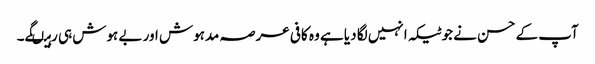
آپ کے حسن نے جو ٹیکہ انہیں لگا دیا ہے وہ کافی عرصہ مدہوش اور بے ہوش ہی رہیںگے۔